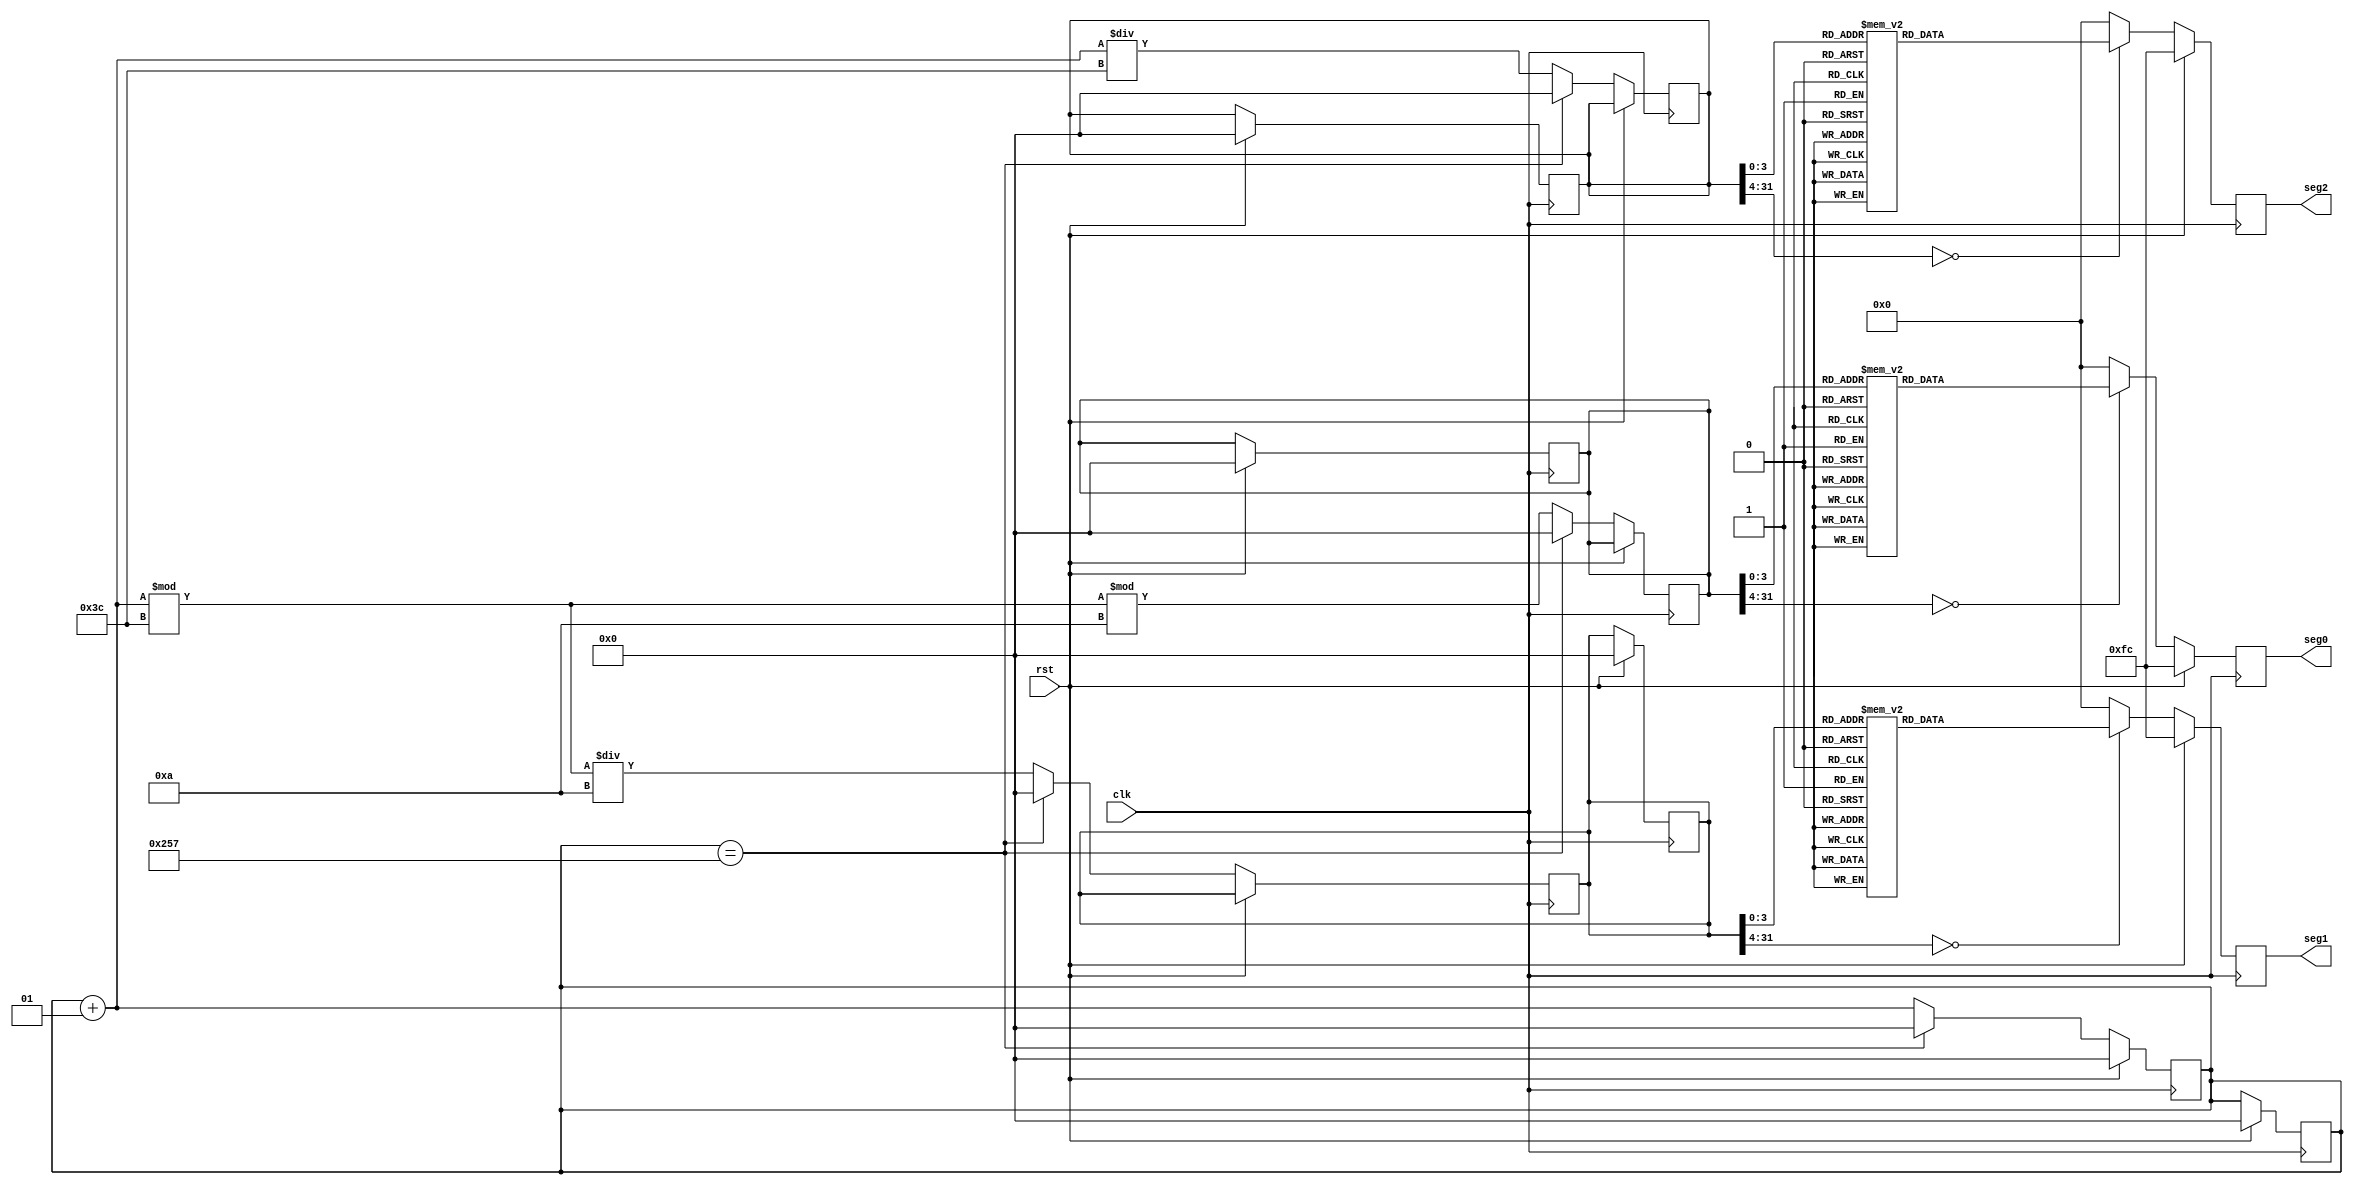
///////////////////////////////////////
// TSN Lab 
//   2
// : 
// 1 : 20220917
// 2 : 20220918
// 3 : 20220921
///////////////////////////////////////

//    1  
`timescale 1s/1ms

module dut_7segment_3(
	input clk,
	input rst,
	// 3 Segment 
	output [7:0] seg0,
	output [7:0] seg1,
	output [7:0] seg2
);
	// 000 ~ 599    
	integer total_count = 0;
	//       
	integer count0 = 0;
	integer count1 = 0;
	integer count2 = 0;
	//    
	reg [7:0] digit0 = "0";
	reg [7:0] digit1 = "0";
	reg [7:0] digit2 = "0";
	reg [7:0] s0;
	reg [7:0] s1;
	reg [7:0] s2;

//     task 
task digit_converter(
	input [31:0] count,
	output [7:0] digit
);
	case (count)
		0	: digit = "0";
		1	: digit = "1";
		2	: digit = "2";
		3	: digit = "3";
		4	: digit = "4";
		5	: digit = "5";
		6	: digit = "6";
		7	: digit = "7";
		8	: digit = "8";
		9	: digit = "9";
		default : digit = "0";
	endcase
endtask

//     count  
always @ (posedge clk) begin
	//   
	if (rst == 1) begin
		total_count = 0;
	end else begin
		// 599    
		if (total_count == 599) begin
			total_count = 0;
			count0 = 0;
			count1 = 0;
			count2 = 0;
		//        
		end else begin
			total_count = total_count + 1;
			count2 = total_count / 60;
			count1 = (total_count % 60) / 10;
			count0 = (total_count % 60) % 10;
		end
	end

	// display  task 
	digit_converter(count2, digit2);
	digit_converter(count1, digit1);
	digit_converter(count0, digit0);

end

// 7 segment   task 
task convert(
	input [31:0] count,
	output reg [7:0] s
);
	case (count)
		0 : s = 8'b11111100; //0, d252
		1 : s = 8'b01100000; //1, d96
		2 : s = 8'b11011010; //2, d218
		3 : s = 8'b11110010; //3, d242
		4 : s = 8'b01100110; //4, d102
		5 : s = 8'b10110110; //5, d182
		6 : s = 8'b10111110; //6, d190
		7 : s = 8'b11100000; //7, d224
		8 : s = 8'b11111110; //8, d254
		9 : s = 8'b11100110; //9, d230
		default: s = 8'b00000000; //error
	endcase
endtask

// count   7-segment 
always @ (negedge clk) begin
	//    
	if (rst == 1) begin
		total_count = 0;
		count0 = 0;
		count1 = 0;
		count2 = 0;
		s0 <= 8'b11111100;
		s1 <= 8'b11111100;
		s2 <= 8'b11111100;
	end else begin
		convert(count0, s0);
		convert(count1, s1);
		convert(count2, s2);
	end
	//   ,      
	$display("count: [%d] : [%s]min [%s]sec : time: [%d]", total_count, digit2, {digit1,digit0}, $time);
end
//  output seg  
assign seg0 = s0;
assign seg1 = s1; 
assign seg2 = s2; 
endmodule